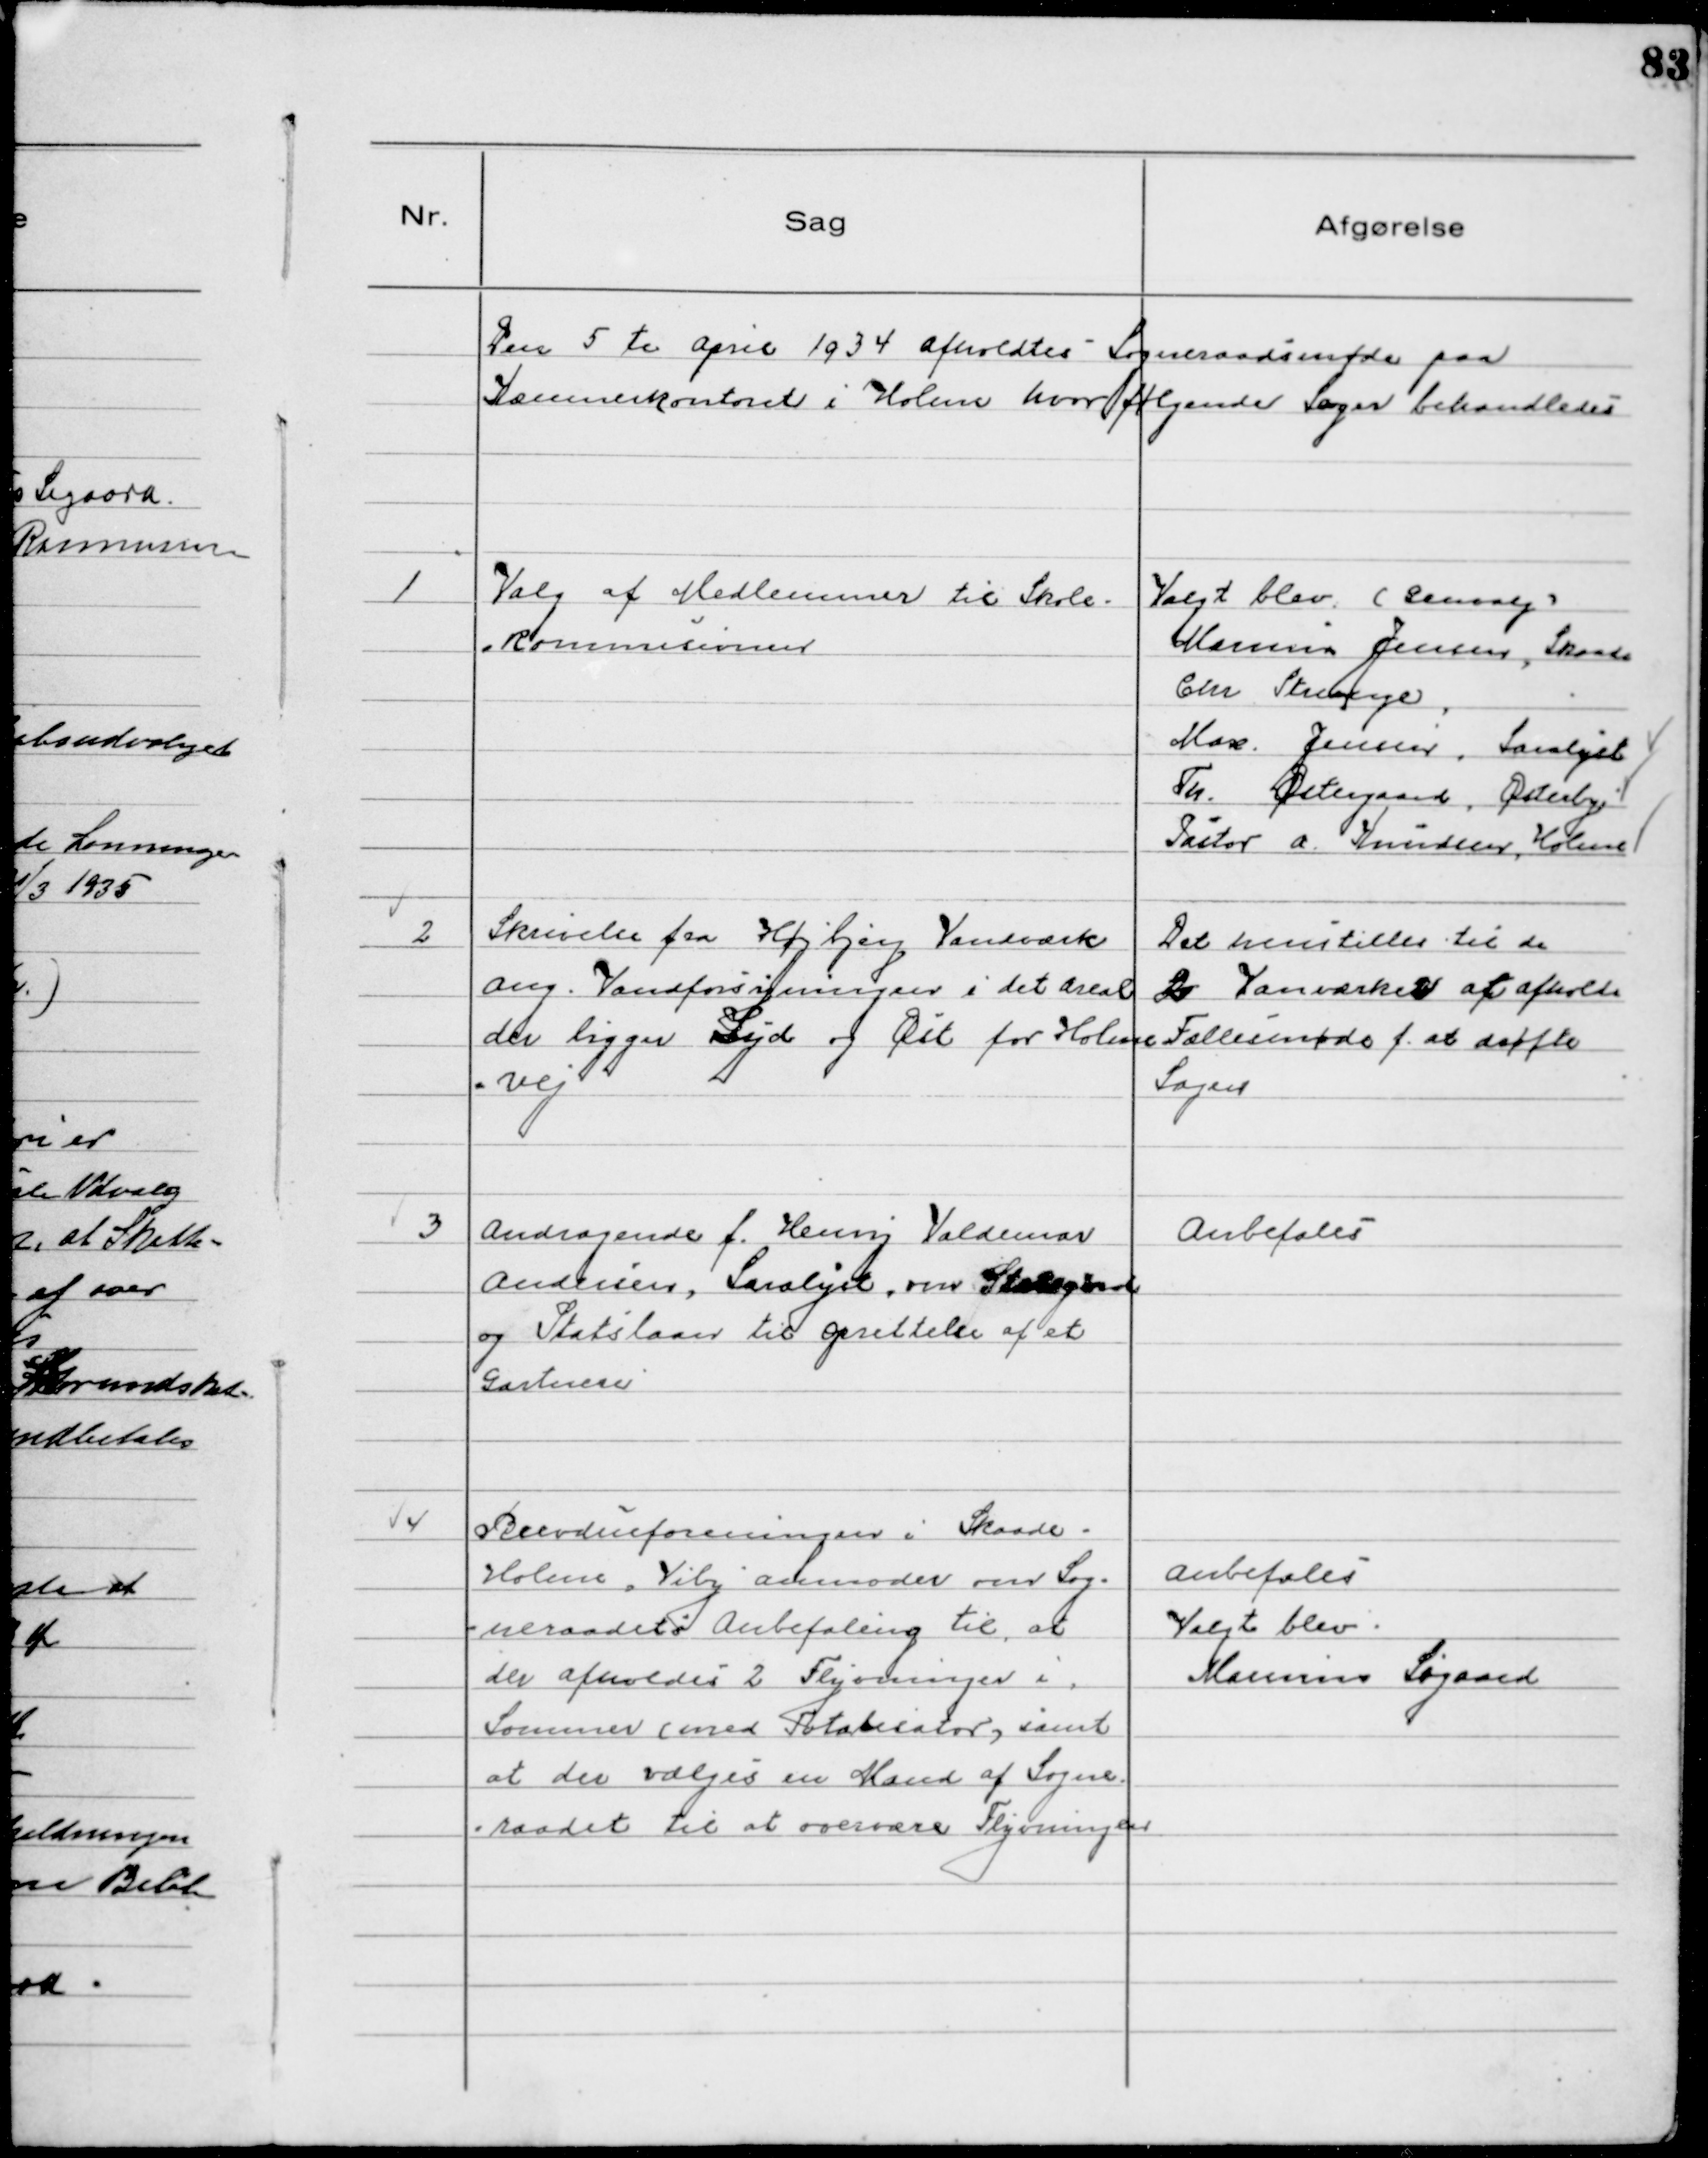
Transskription:
Den 5 te April 1934 afholdtes Sogneraadsmøde paa
Kæmnerkontoret i Holme hvor følgende Sager behandledes

1
Valg af Medlemmer til Skole-
kommissionen

Valgt blev (Genvalg)
Marius Jensen, Skaade
Chr Strunge,
Max Jensen, Saralyst
Th. Østergaard, Østerby
Pastor A Knudsen, Holme

2
Skrivelse fra Højbjerg Vandværk
ang. Vandforsyningen i det Areal
der ligger Syd og Øst for Holme
vej

Det henstilles til de
2 Vandværker at afholde
Fællesmøde f. at drøfte
Sagen

3
Andragende f. Henry Valdemar
Andersen, Saralyst, om Statsgaranti
og Statslaan til oprettelse af et
Gartneri

Anbefales

4
Brevdueforeningen i Skaade-
Holme, Viby anmoder om Sog-
neraadets Anbefaling til at
der afholdes 2 Flyvninger i
Sommer (med Totalisator) samt
at der vælges en Mand af Sogne
raadet til at overvære Flyvningen

Anbefales
Valgt blev
Marinus Sigaard